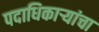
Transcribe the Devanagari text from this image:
पदाधिकार्‍यांचा